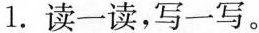
1.读一读，写一写。